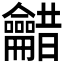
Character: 𮯠